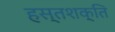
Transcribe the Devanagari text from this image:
हस्तशक्ति